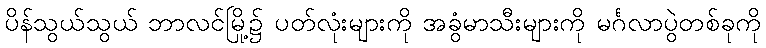
ပိန်သွယ်သွယ် ဘာလင်မြို့၌ ပတ်လုံးများကို အခွံမာသီးများကို မင်္ဂလာပွဲတစ်ခုကို